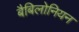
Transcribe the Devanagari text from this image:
बैबिलोनियन